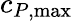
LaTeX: c_{P,{\operatorname*{max}}}